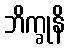
ဘိက္ခုနိ